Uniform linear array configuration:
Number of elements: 64
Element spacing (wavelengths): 0.25
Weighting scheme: exponential
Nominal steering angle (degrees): -30
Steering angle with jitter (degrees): -31.996
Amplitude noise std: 0.05
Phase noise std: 0.05

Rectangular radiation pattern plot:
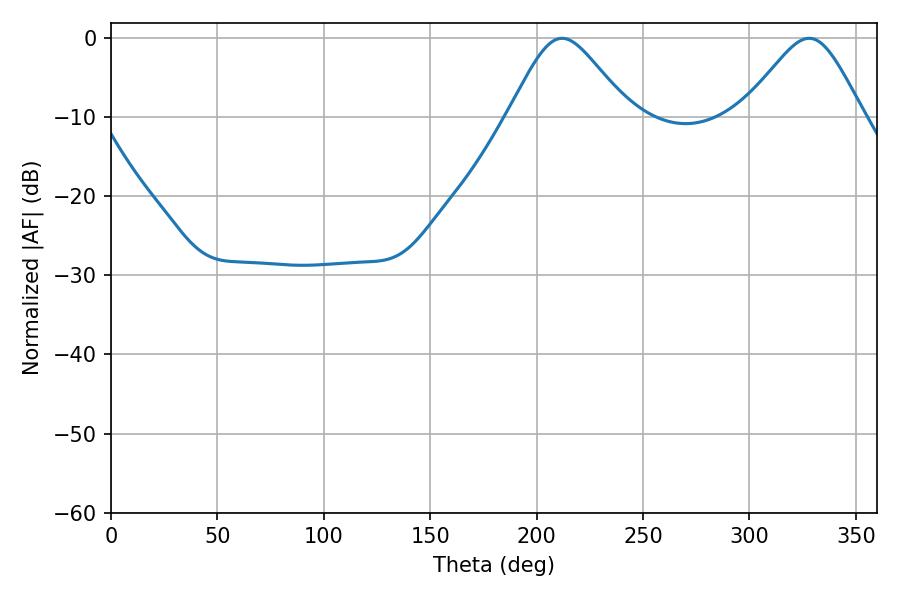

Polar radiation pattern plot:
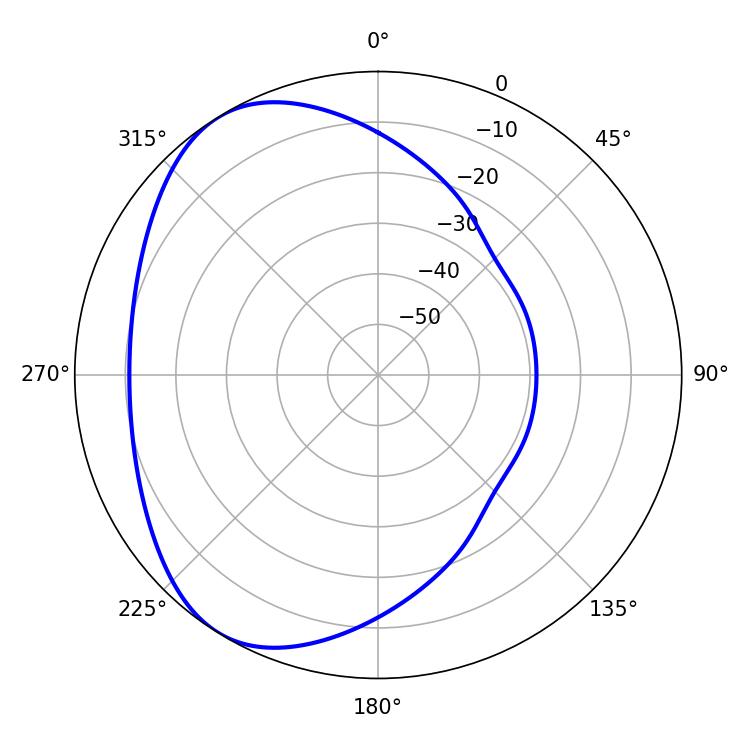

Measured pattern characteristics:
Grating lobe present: FALSE
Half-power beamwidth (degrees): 27.72
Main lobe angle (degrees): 211.86